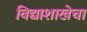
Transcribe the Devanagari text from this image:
विद्याशाखेचा